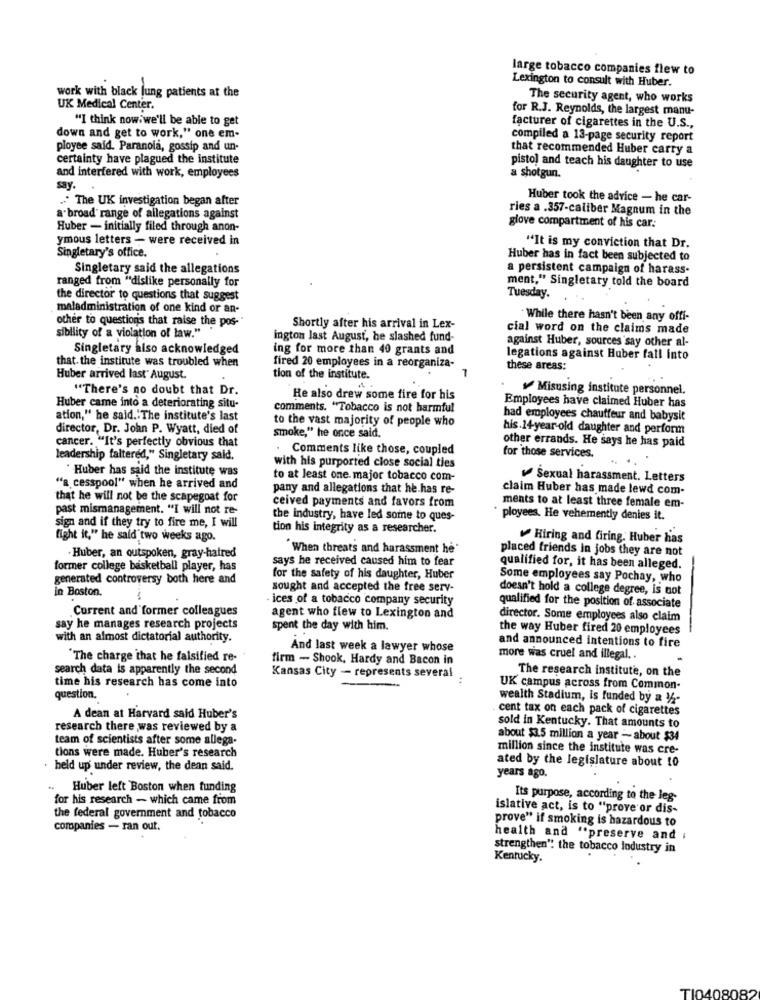
large tobacco companies flew to
Lexington to consult with Huber.
work with black lung patients at the
The security agent, who works
UK Medical Center,
for R.J. Reynolds, the largest manu-
"I think nowiwe'll be able to get
facturer of cigarettes in the U.S .,
down and get to work," one em-
compiled a 13-page security report
ployee said. Paranoia, gossip and un-
that recommended Huber carry a
certainty have plagued the institute
pistol and teach his daughter to use
and interfered with work, employees
a shotgun.
say.
.. " The UK investigation began after
Huber took the advice - he car-
ries a .357-caliber Magnum in the
a broad range of allegations against
glove compartment of his car.
Huber - initially filed through anon-
ymous letters - were received in
"It is my conviction that Dr.
Singletary's office.
Huber has in fact been subjected to
Singletary said the allegations
a persistent campaign of harass-
ranged from "dislike personally for
ment," Singletary told the board
the director to questions that suggest
Tuesday. ..
maladministration of one kind or an-
other to questions that raise the pos-
While there hasn't been any offi-
Shortly after his arrival in Lex-
cial word on the claims made
sibility of a violation of law."
ington last August, he slashed fund-
against Huber, sources say other al-
Singletary also acknowledged
ing for more than 40 grants and
that. the institute was troubled when
legations against Huber fall into
fired 20 employees in a reorganiza-
these areas:
Huber arrived last' August.
tion of the institute.
"There's no doubt that Dr.
Misusing institute personnel.
He also drew some fire for his
Huber came into a deteriorating situ-
comments. "Tobacco is not harmful
Employees have claimed Huber has
ation," he said."The institute's last
had employees chauffeur and babysit
director, Dr. John P. Wyatt, died of
to the vast majority of people who
his.14-year-old daughter and perform
cancer. "It's perfectly obvious that
smoke," he once said,
. Comments like those, coupled
other errands. He says he has paid
for those services.
leadership faltered," Singletary said,
with his purported close social ties
Huber has said the institute was
to at least one. major tobacco com-
Sexual harassment. Letters
"a cesspool" when he arrived and
pany and allegations that he has re-
claim Huber has made lewd com-
that he will not be the scapegoat for
ceived payments and favors from
past mismanagement. "I will not re-
ments to at least three female em-
the industry, have led some to ques-
ployees. He vehemently denies it.
sign and if they try to fire me, I will
tion his integrity as a researcher.
fight it," he said two weeks ago.
Hiring and firing. Huber has
" When threats and harassment he'
placed friends in jobs they are not
. Huber, an outspoken, gray-hatred
says he received caused him to fear
former college basketball player, has
qualified for, it has been alleged.
generated controversy both here and
for the safety of his daughter, Huber
Some employees say Pochay, who
in Boston.
sought and accepted the free serv-
doesn't hold a college degree, is not
. ices of a tobacco company security
Current and former colleagues
qualified for the position of associate
agent who flew to Lexington and
director. Some employees also claim
say he manages research projects
spent the day with him.
the way Huber fired 20 employees
with an almost dictatorial authority.
And last week a lawyer whose
and announced intentions to fire
"The charge that he falsified re-
firm - Shook, Hardy and Bacon in
more was cruel and illegal ..
search data is apparently the second
The research institute, on the
Kansas City - represents several
:
time his research has come into
UK campus across from Common-
question.
wealth Stadium, Is funded by a y/-
cent tax on each pack of cigarettes
A dean at Harvard said Huber's
research there was reviewed by a
sold in Kentucky. That amounts to
team of scientists after some allega-
about $3.5 million a year - about $34
tions were made. Huber's research
million since the institute was cre-
ated by the legislature about 10
· held up under review, the dean said.
years ago.
Huber left Boston when funding
for his research - which came from
Its purpose, according to the leg-
islative act, is to "prove or dis-
the federal government and tobacco
prove" if smoking is hazardous to
companies - ran out.
health and "preserve and .
strengthen": the tobacco lodustry in
Kentucky.
TI0408082